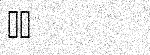
٩٩